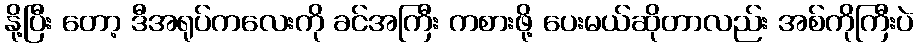
နို့ပြီး တော့ ဒီအရုပ်ကလေးကို ခင်အကြီး ကစားဖို့ ပေးမယ်ဆိုတာလည်း အစ်ကိုကြီးပဲ